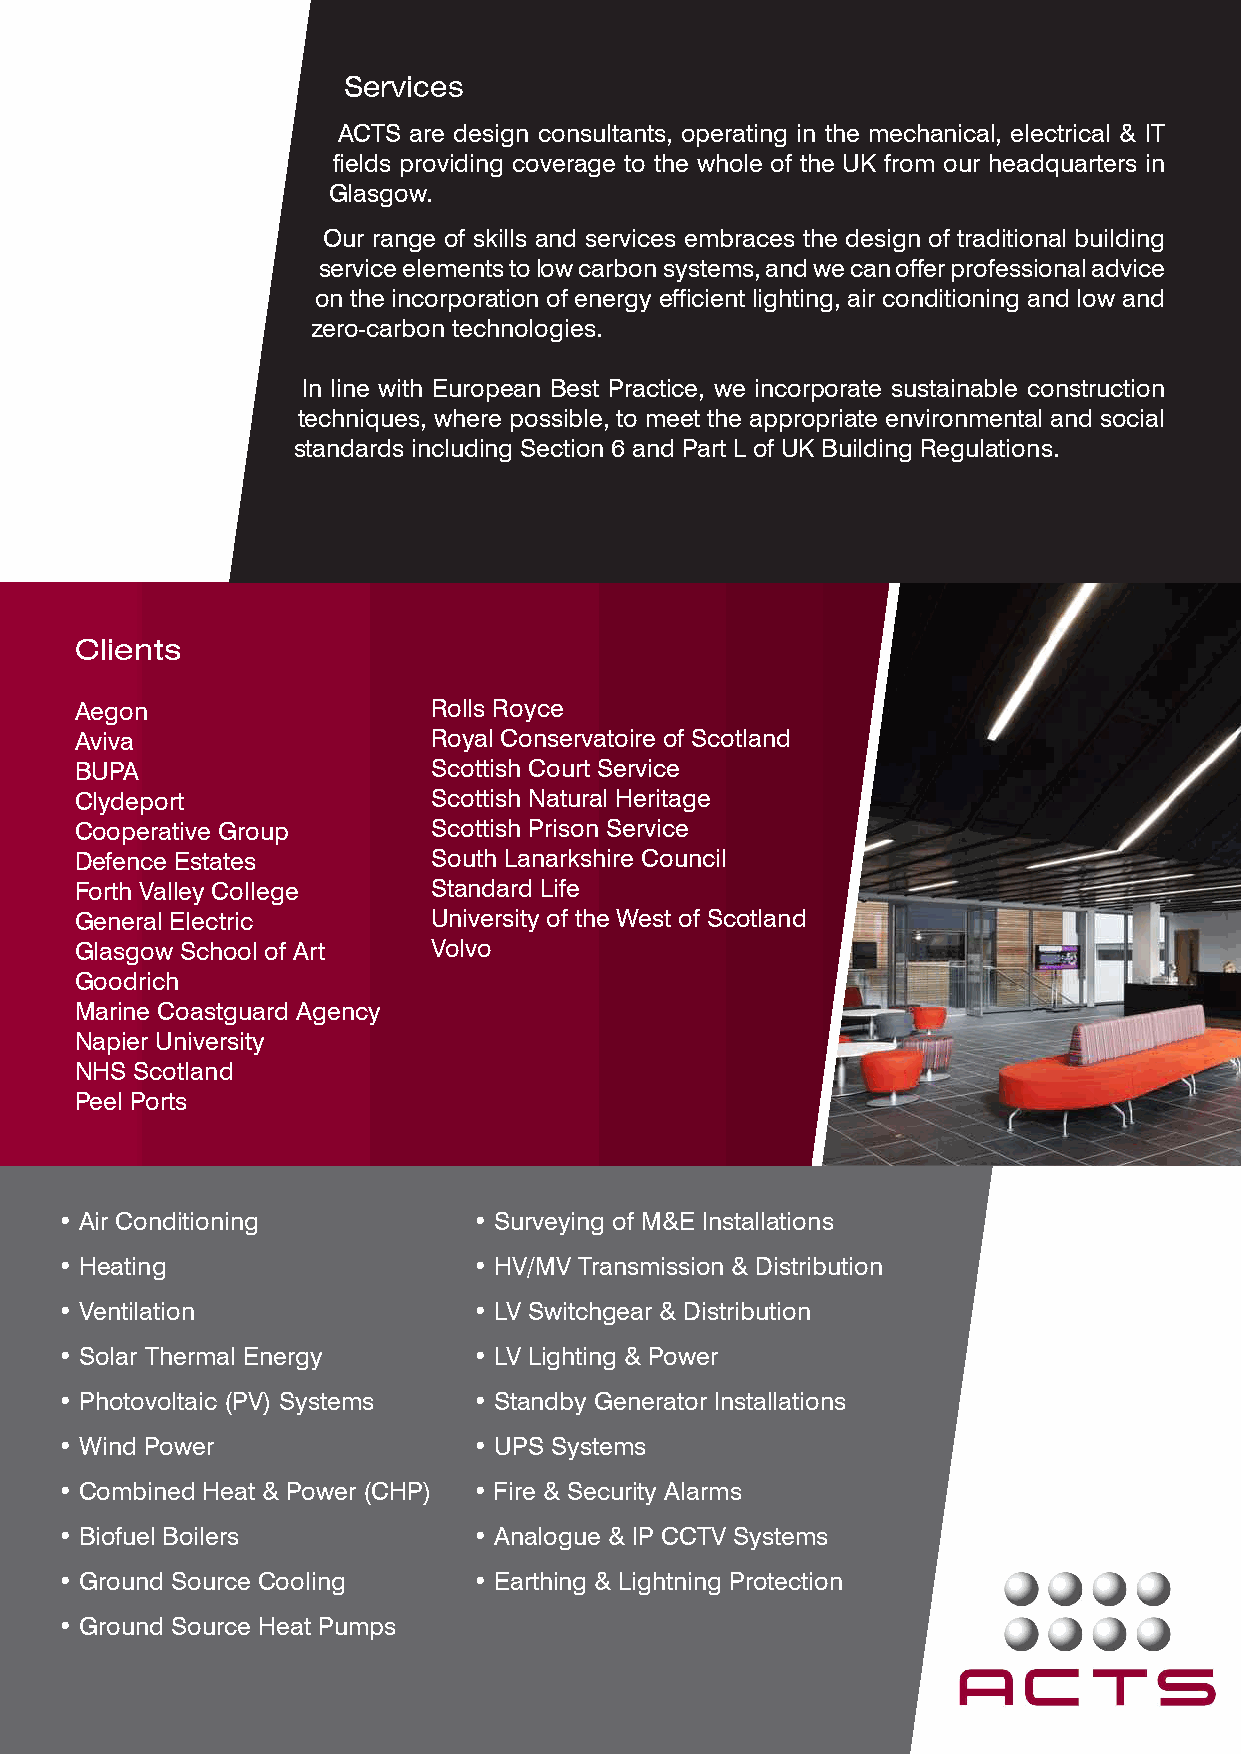
Services
 ACTS are design consultants, operating in the mechanical, electrical & IT
 fields providing coverage to the whole of the UK from our headquarters in
 Glasgow.
 Our range of skills and services embraces the design of traditional building
 service elements to low carbon systems, and we can offer professional advice
 on the incorporation of energy efficient lighting, air conditioning and low and
 zero-carbon technologies.
 In line with European Best Practice, we incorporate sustainable construction
 techniques, where possible, to meet the appropriate environmental and social
 standards including Section 6 and Part L of UK Building Regulations.
 Clients
 Aegon                   Rolls Royce
 Aviva                   Royal Conservatoire of Scotland
 BUPA                    Scottish Court Service
 Clydeport               Scottish Natural Heritage
 Cooperative Group       Scottish Prison Service
 Defence Estates         South Lanarkshire Council
 Forth Valley College    Standard Life
 General Electric        University of the West of Scotland
 Glasgow School of Art   Volvo
 Goodrich
 Marine Coastguard Agency
 Napier University
 NHS Scotland
 Peel Ports
 • Air Conditioning         • Surveying of M&E Installations
 • Heating                  • HV/MV Transmission & Distribution
 • Ventilation              • LV Switchgear & Distribution
 • Solar Thermal Energy     • LV Lighting & Power
 • Photovoltaic (PV) Systems • Standby Generator Installations
 • Wind Power               • UPS Systems
 • Combined Heat & Power (CHP) • Fire & Security Alarms
 • Biofuel Boilers          • Analogue & IP CCTV Systems
 • Ground Source Cooling    • Earthing & Lightning Protection
 • Ground Source Heat Pumps